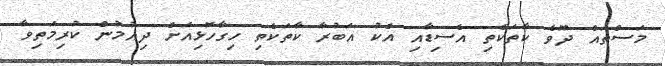
މަސްތައް ދޫވެ ކާތަކެތި އެސިޑާއި އެކު އަބުރާ ކާތަކެތި ހިގާހޮޅިއަށް ދިއުމުން ކުރިމަތިވާ